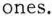
ones.